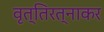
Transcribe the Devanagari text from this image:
वृत्तिरत्नाकर